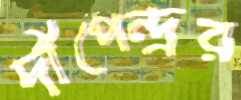
দীপেন্দ্রর